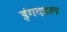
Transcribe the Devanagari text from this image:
इंगदहल